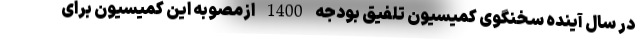
در سال آینده سخنگوی کمیسیون تلفیق بودجه 1400 ازمصوبه این کمیسیون برای